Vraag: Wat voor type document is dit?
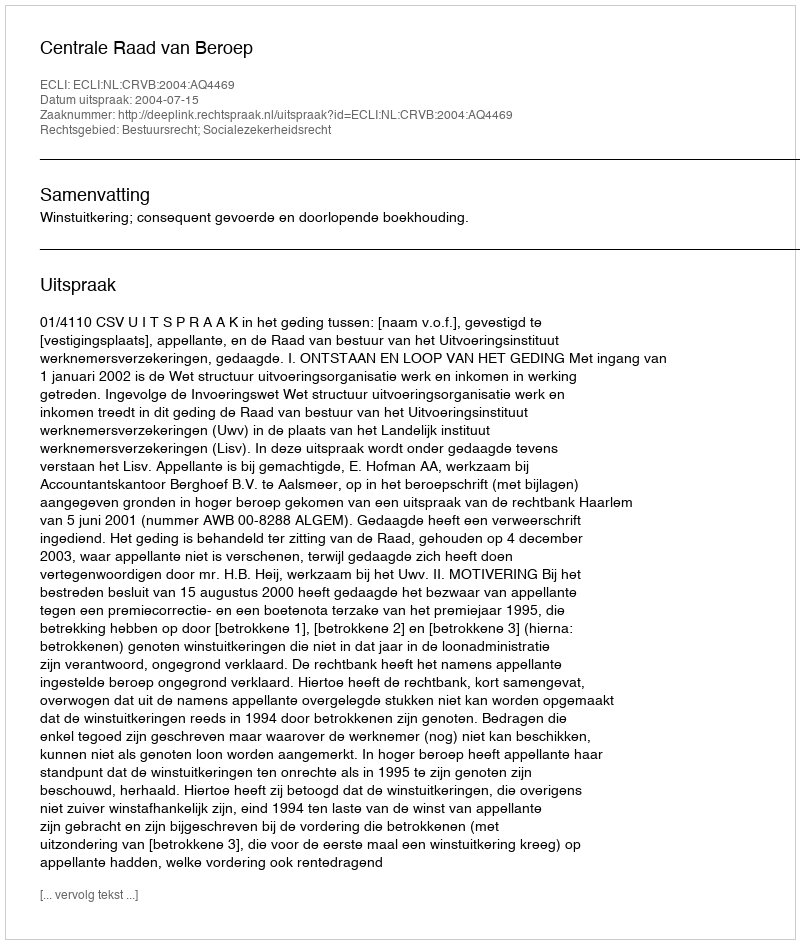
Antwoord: Uitspraak